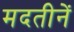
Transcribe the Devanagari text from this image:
मदतीनें